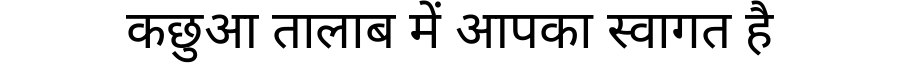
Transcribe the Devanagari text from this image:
कछुआ तालाब में आपका स्वागत है